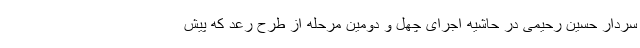
سردار حسین رحیمی در حاشیه اجرای چهل و دومین مرحله از طرح رعد که پیش